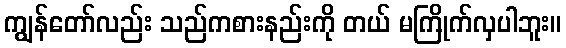
ကျွန်တော်လည်း သည်ကစားနည်းကို တယ် မကြိုက်လှပါဘူး။